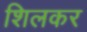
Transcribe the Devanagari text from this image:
शिलकर